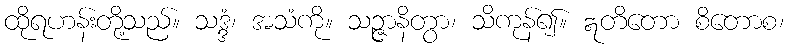
ထိုရဟန်းတို့သည်။ သဒ္ဒံ၊ အသံကို။ သဉ္ဇာနိတွာ၊ သိကုန်၍။ ဣတိတော စိတောစ၊